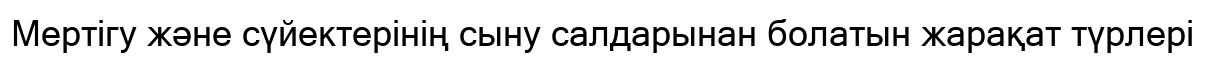
Мертігу және сүйектерінің сыну салдарынан болатын жарақат түрлері